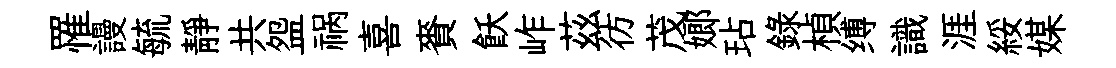
罹謾毓靜共盌祸喜賚飫岞茲彷茂嫏玷録楨缚識涯綏媒